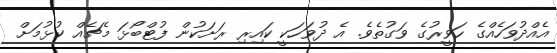
އެއްދުވަހެއްގެ ހަވީރުގެ ވަގުތެވެ. އެ ދުވަހަކީ ކައިރި ރަށަކުން ފުޓްބޯޅަ މެޗެއް ކުޅުމަށް